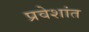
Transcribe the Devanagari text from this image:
प्रवेशांत